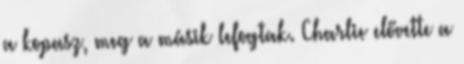
a kopasz, meg a másik lefogtak. Charlie elővette a